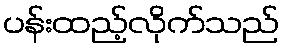
ပန်းထည့်လိုက်သည်